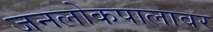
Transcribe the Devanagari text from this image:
जनलोकपालावर